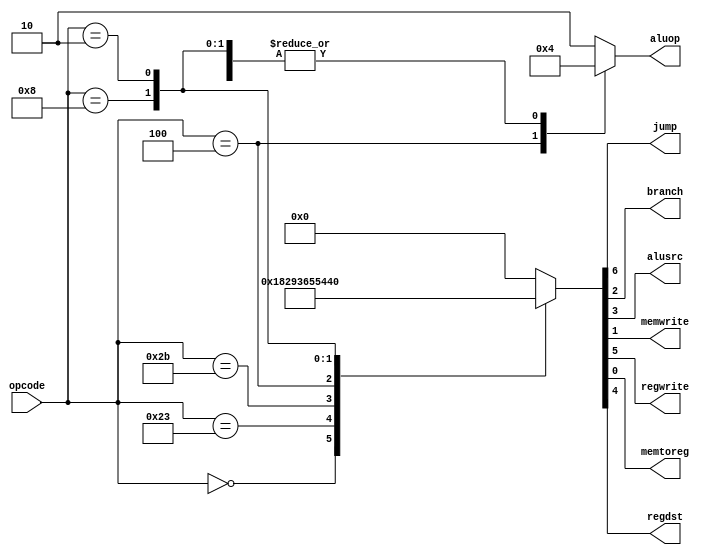
`timescale 1ns / 1ps
//////////////////////////////////////////////////////////////////////////////////
// Company: 
// Engineer: 
// 
// Design Name: 
// Module Name: main_decoder
// Project Name: 
// Target Devices: 
// Tool Versions: 
// Description: 
// 
// Dependencies: 
// 
// Revision:
// Revision 0.01 - File Created
// Additional Comments:
// 
//////////////////////////////////////////////////////////////////////////////////


module main_decoder(
	input [5:0] opcode,
	output jump,
	output branch,
	output alusrc,
	output memwrite,
	output regwrite, 
	output memtoreg,
	output regdst,
	output [1:0] aluop
	);
	
	reg [1:0] alu_op_reg;
	reg [6:0] sign; //save signal info

	assign aluop = alu_op_reg;
	assign {jump, regwrite, regdst, alusrc, branch, memwrite, memtoreg} = sign;

	always@(*) begin
		case(opcode) 
			6'b000000: begin //r_type
				alu_op_reg <= 2'b10;
				sign <= 7'b0110000;
			end
			6'b100011: begin //lw
				alu_op_reg <= 2'b00;
				sign <= 7'b0101001;
			end
			6'b101011: begin //sw
				alu_op_reg <= 2'b00;
				sign <= 7'b0011011;
			end
			6'b000100: begin //beq
				alu_op_reg <= 2'b01;
				sign <= 7'b0010101;
			end
			6'b001000: begin //addi
				alu_op_reg <= 2'b00;
				sign <= 7'b0101000;
			end
			6'b000010: begin //jump
				alu_op_reg <= 2'b00;
				sign <= 7'b1000000;
			end
			default: begin 
				alu_op_reg <= 2'b10;
				sign <= 7'b0000000;
			end
		endcase
	end

endmodule